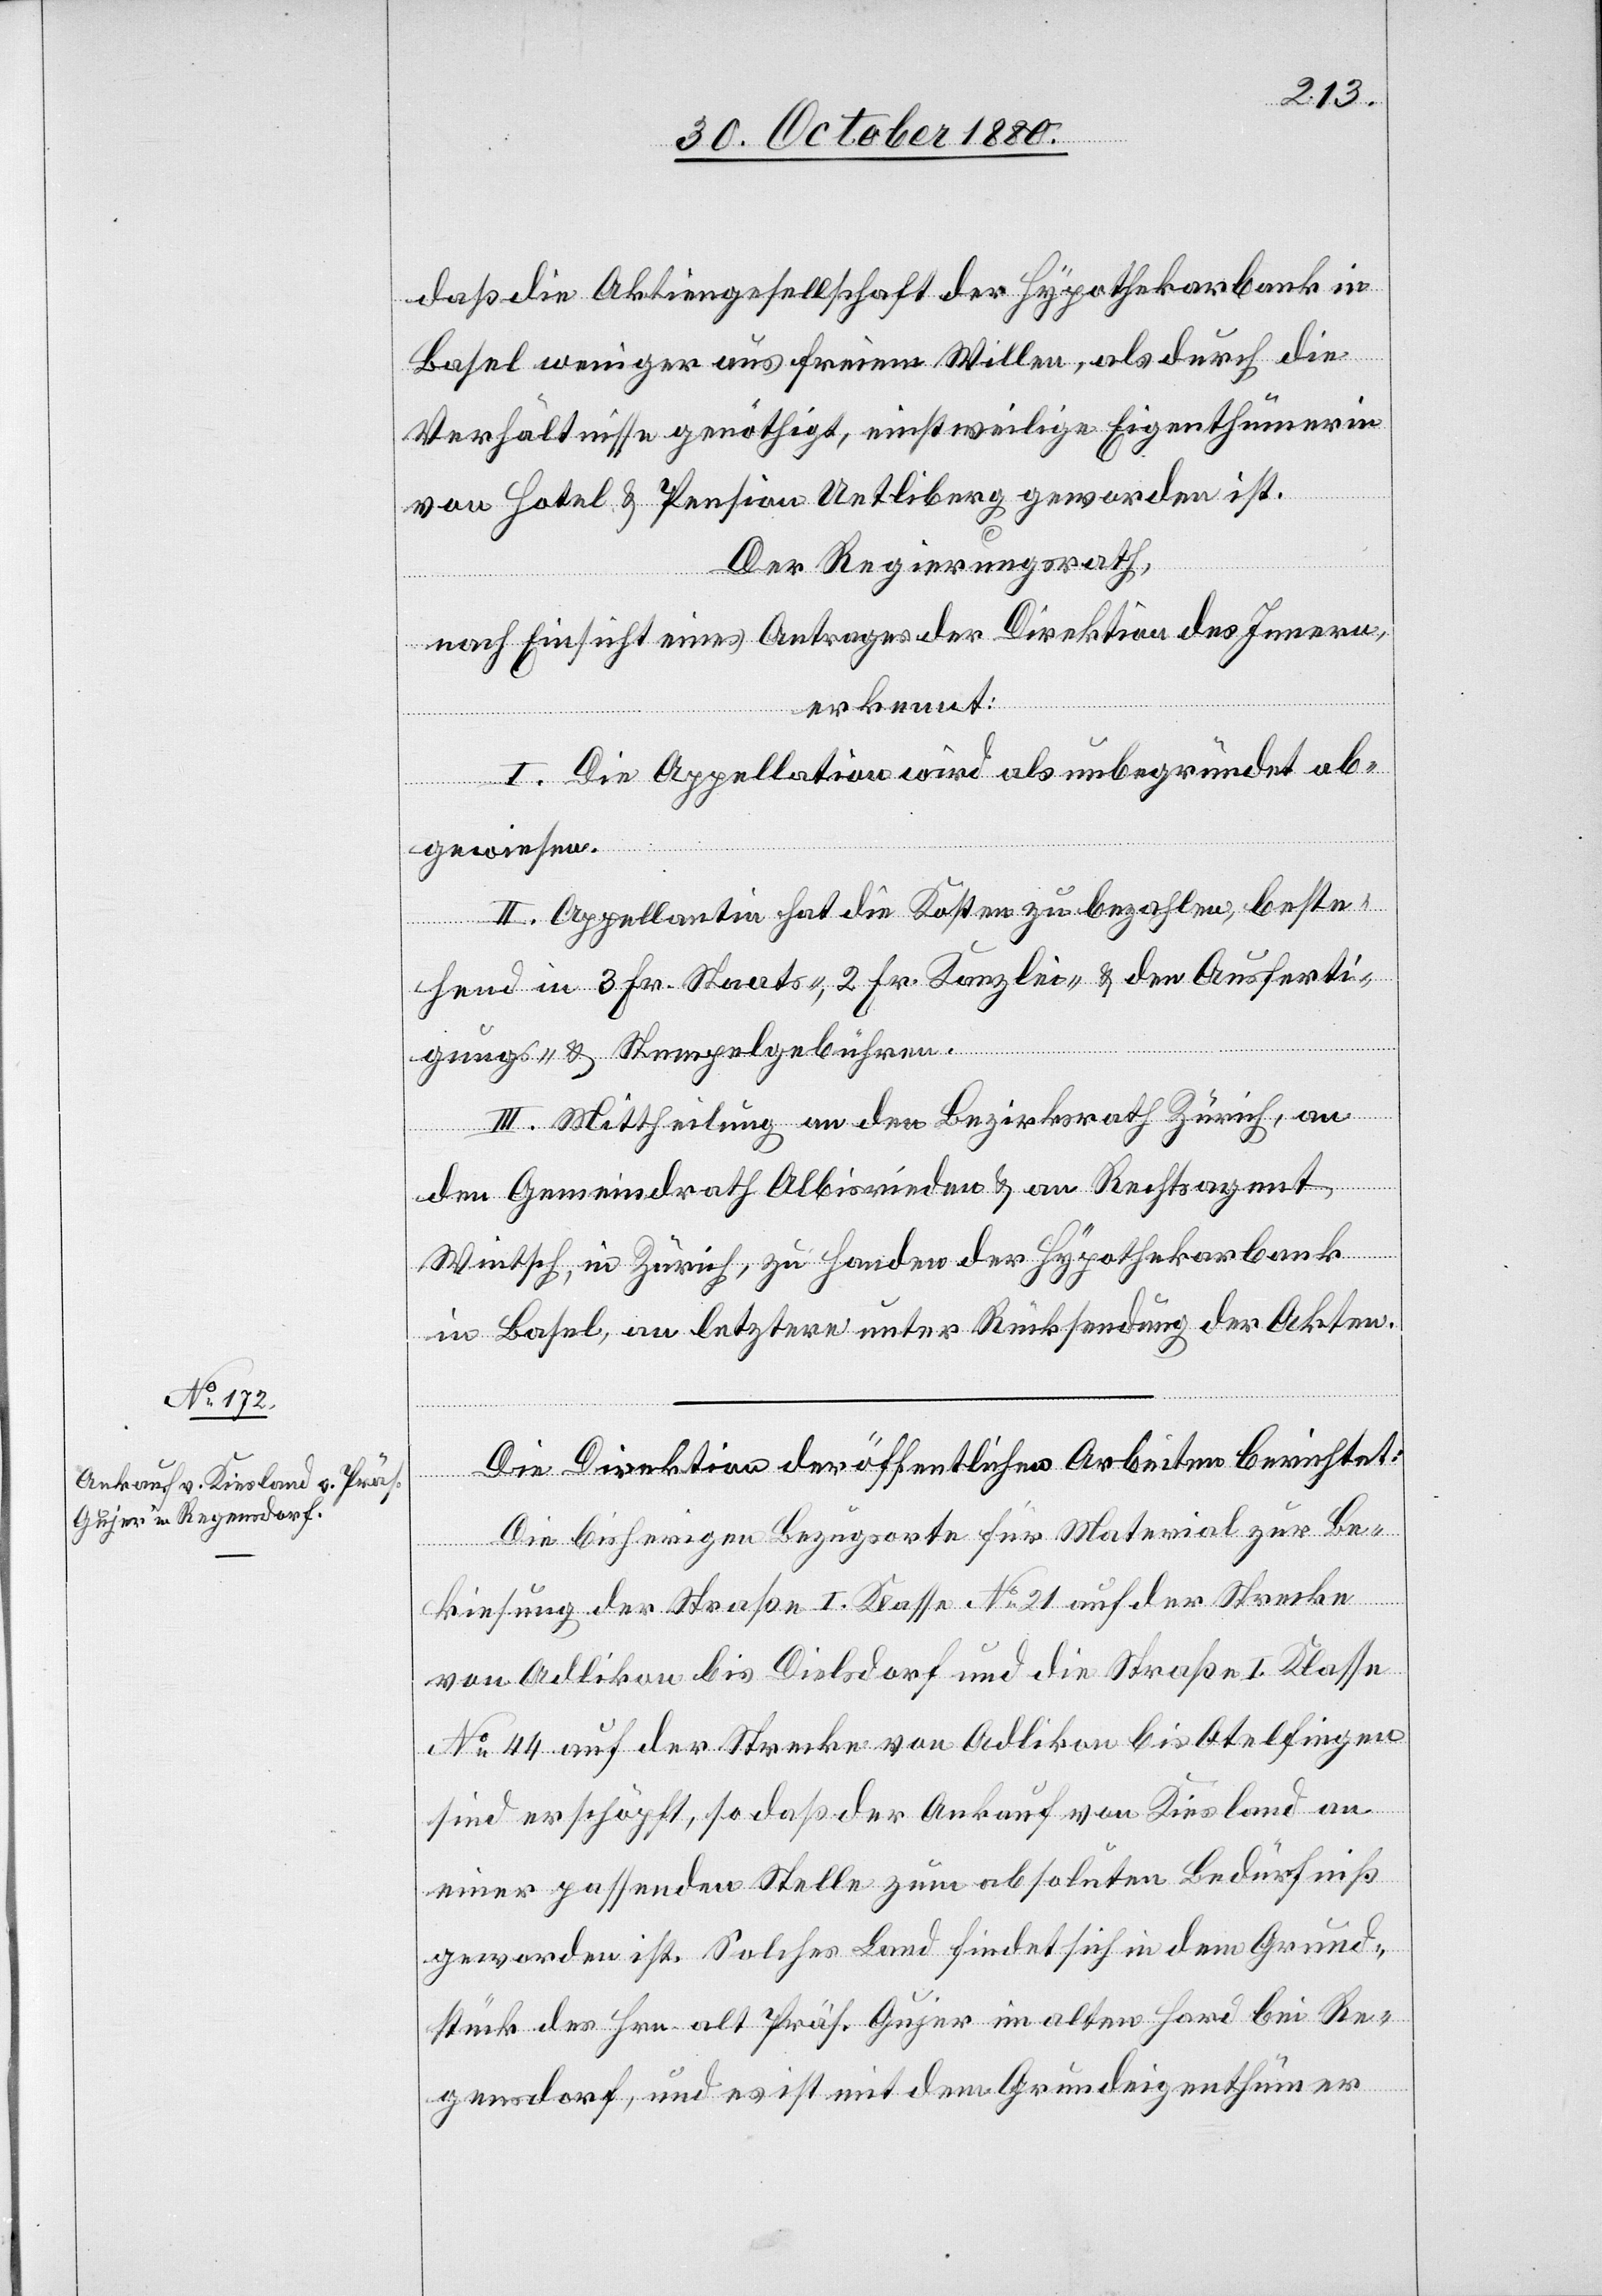
daß die Aktiengesellschaft der Hypothekarbank in
Basel weniger aus freiem Willen, als durch die
Verhältnisse genöthtigt, einstweilige Eigenthümerin
der
von Basel & Pension Uetliberg geworden ist.
Der Regierungsrath,
nach Einsicht eines Antrages der Direktion des Innern,
erkennt:
I. Die Appellation wird als unbegründet ab¬
gewiesen.
II. Appellantin hat die Kosten zu bezahlen, beste¬
hend in 3 Fr. Staats-, 2 Fr. Kanzlei- & den Ausferti¬
gungs- & Stempelgebühren.
III. Mittheilung an den Bezirksrath Zürich, an
den Gemeindrath Albisrieden & an Rechtsagent
Wintsch, in Zürich, zu Handen der Hypothekarbank
in Basel, an letztere unter Rücksendung der Akten.
Die bisherigen Bezugsorte für Material zur Be¬
kiesung der Straße I. Klasse No 21 auf der Strecke
von Adlikon bis Dielsdorf und die Straße I. Klasse
No 44 auf der Strecke von Adlikon bis Otelfingen
sind erschöpft, so daß der Ankauf von Kiesland an
einer passenden Stelle zum absoluten Bedürfniß
geworden ist. Solches Land findet sich in dem Grund¬
stück des Hrn. alt Präs. Gujer im alten Hard bei Re¬
gensdorf, und es ist mit dem Grundeigenthümer